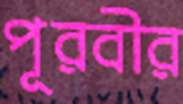
পূরবীর